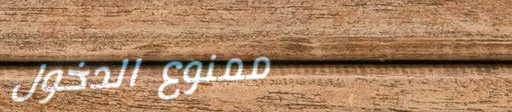
ممنوع الدخول